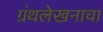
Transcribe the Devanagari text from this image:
ग्रंथलेखनाचा